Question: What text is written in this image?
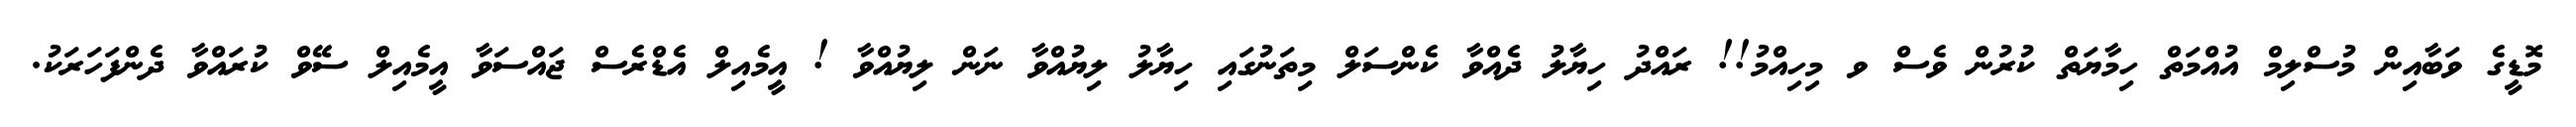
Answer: މޮޑީގެ ވަބާއިން މުސްލިމް އުއްމަތް ހިމާޔަތް ކުރުން ވެސް ވ މިހިއްމު!! ރައްދު ހިޔާލު ދެއްވާ ކެންސަލް މިތަނުގައި ހިޔާލު ލިޔުއްވާ ނަން ލިޔުއްވާ ! އީމެއިލް އެޑްރެސް ޖައްސަވާ އީމެއިލް ސޭވް ކުރައްވާ ދެންފަހަރަކު.